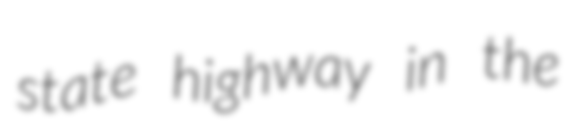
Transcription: state highway in the